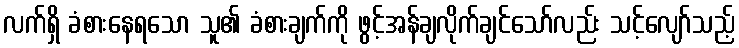
လက်ရှိ ခံစားနေရသော သူ၏ ခံစားချက်ကို ဖွင့်အန်ချလိုက်ချင်သော်လည်း သင့်လျော်သည့်